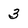
Character: 3